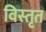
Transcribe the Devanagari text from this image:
विस्‍तृत